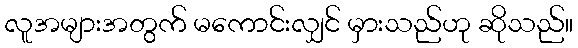
လူအများအတွက် မကောင်းလျှင် မှားသည်ဟု ဆိုသည်။